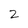
Character: 2